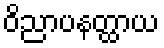
ဝိညာပနတ္ထာယ